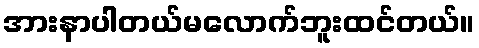
အားနာပါတယ်မလောက်ဘူးထင်တယ်။